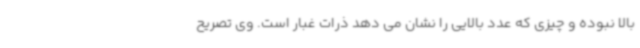
بالا نبوده و چیزی که عدد بالایی را نشان می دهد ذرات غبار است. وی تصریح